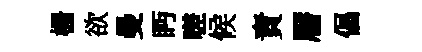
栅欲曼眄嗟候責暦倡